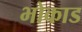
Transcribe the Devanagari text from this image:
भोकाड